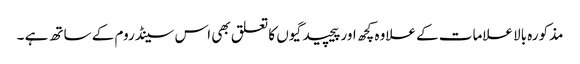
مذکورہ بالا علامات کے علاوہ کچھ اور پیچیدگیوں کا تعلق بھی اس سینڈروم کے ساتھ ہے ۔